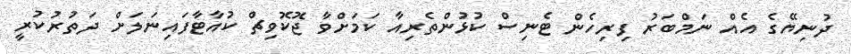
ދުނިޔޭގެ އެއް ނަމްބަރު ފިރިހެން ޓެނިސް ކުޅުންތެރިއާ ކަމަށްވާ ޖޮކޮވިޗް ކުއާޓާފައިނަލަށް ދަތުރުކުރީ